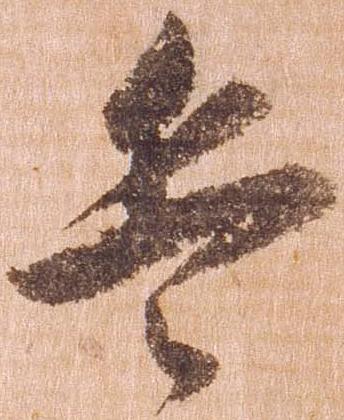
兵